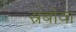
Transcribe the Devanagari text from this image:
स्रबोवा